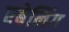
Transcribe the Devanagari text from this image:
एबेलिंग